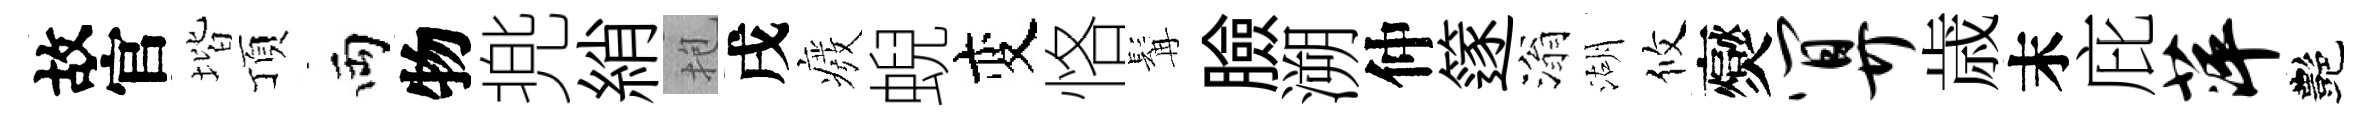
故官堦頂両物兠綃抱戌癈蜺变恪髯臉溯仲篴滃湖攸爕算歳末庇萍艷